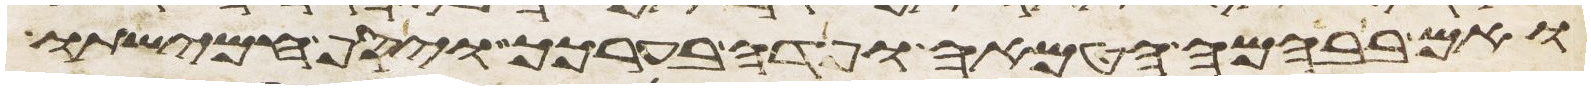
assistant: ואם בבהמה הטמאה ופדה בערכך ויסף חמישתו